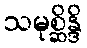
သမုစ္ဆိန္ဒိ